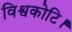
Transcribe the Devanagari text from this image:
विश्वकोटि।